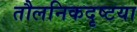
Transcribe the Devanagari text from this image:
तौलनिकदृष्टया